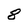
Character: 8